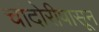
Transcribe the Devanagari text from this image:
चांदोरीपासून